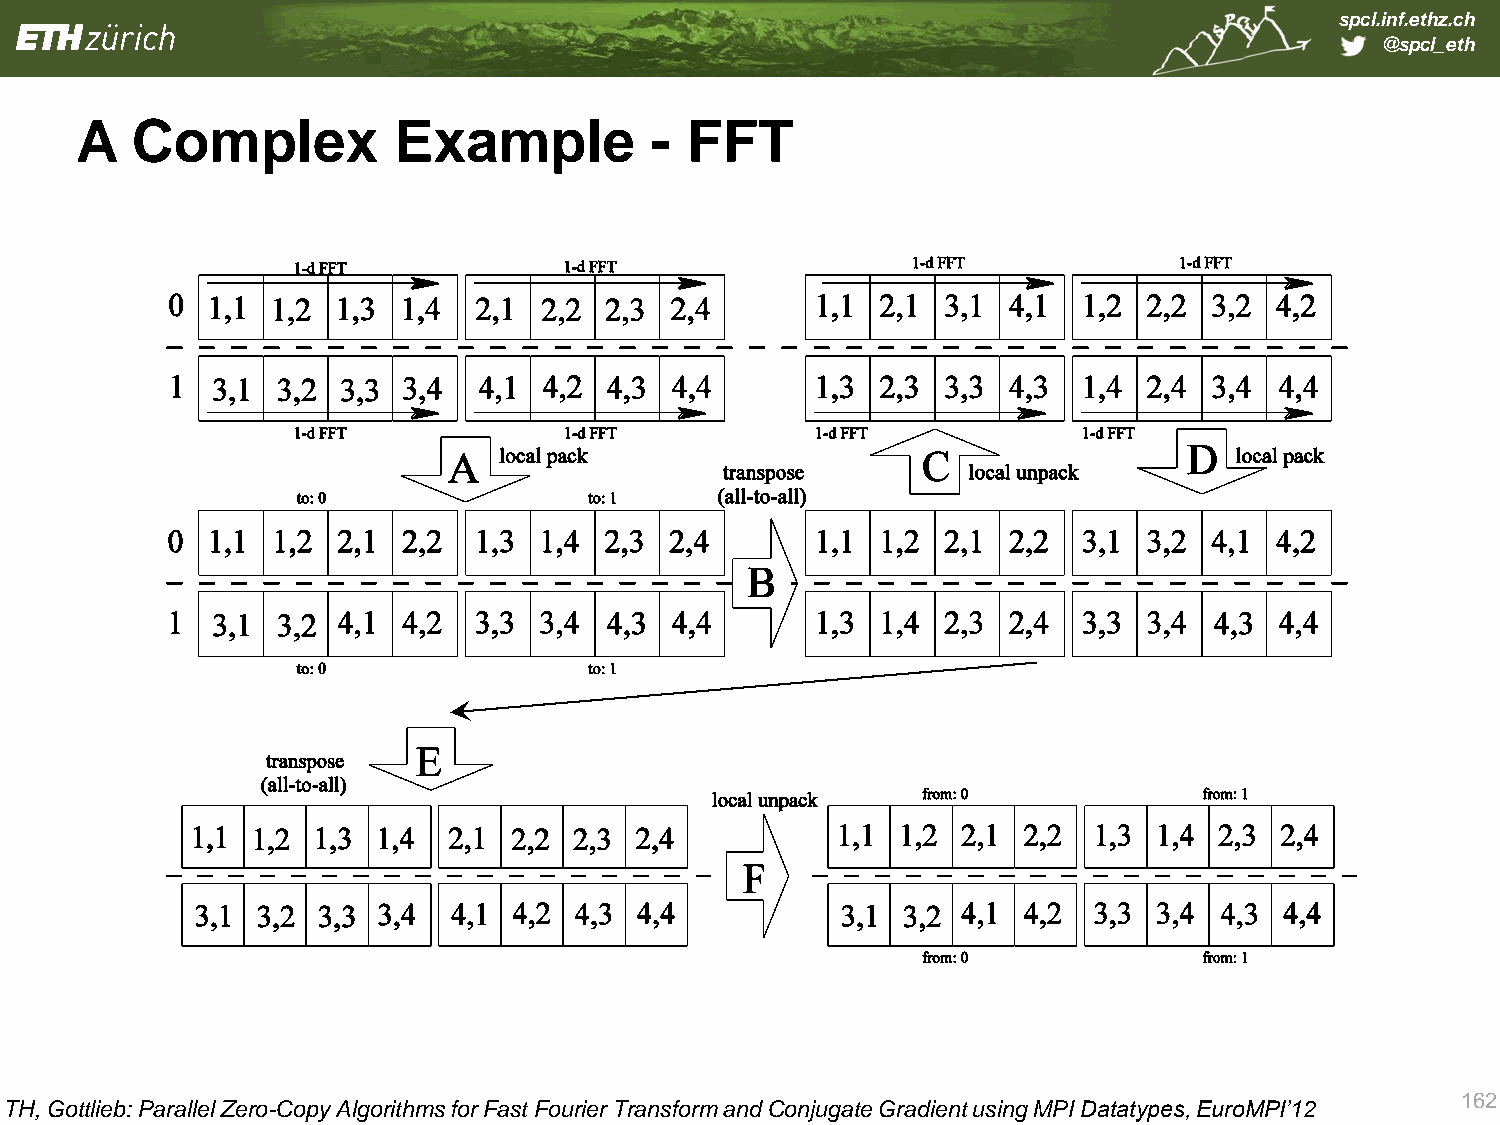
spcl.inf.ethz.ch
 @spcl_eth
 A   Complex          Example          - FFT
 162
 TH, Gottlieb: Parallel Zero-Copy Algorithms for Fast Fourier Transform and Conjugate Gradient using MPI Datatypes, EuroMPI’12